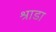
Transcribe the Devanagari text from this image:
श्राडा